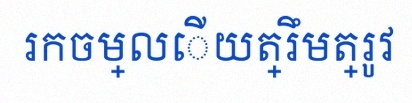
រកចម្លើយត្រឹមត្រូវ